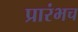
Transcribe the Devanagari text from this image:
प्रारंभच